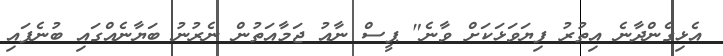
އެޅިގެންދާނެ އިތުރު ފިޔަވަޅަކަށް ވާނެ" ޕީސް ނާއު ޖަމާއަތުން ނެރުނު ބަޔާނެއްގައި ބުނެފައި